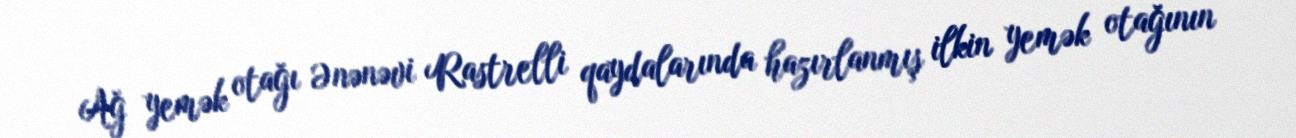
Ağ yemək otağı Ənənəvi Rastrelli qaydalarında hazırlanmış ilkin yemək otağının